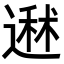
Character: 䢤